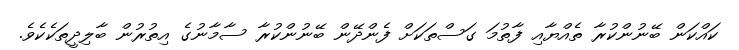
ކައްކަން ބޭނުންކުރާ ތެއްޔާއި ފާތުމަ ގަސްތަކަށް ފެންދޭން ބޭނުންކުރާ ސާމާނުގެ އިތުރުން ބާލިދީތަކެކެވެ.